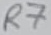
Text: R7